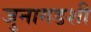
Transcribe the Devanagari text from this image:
जुनागडशी